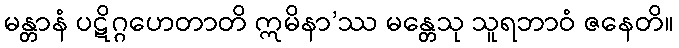
မန္တာနံ ပဋိဂ္ဂဟေတာတိ ဣမိနာ’ဿ မန္တေသု သူရဘာဝံ ဇနေတိ။